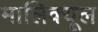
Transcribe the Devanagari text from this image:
मालिक्यूल